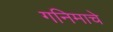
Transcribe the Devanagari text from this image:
गनिमाचे